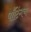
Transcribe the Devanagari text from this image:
पाँटिंगचा